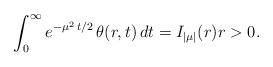
\begin{align*} \int_0^{\infty} e^{-\mu^2\,t/2}\,\theta(r,t)\,dt = I_{|\mu|}(r) r>0\/.\end{align*}